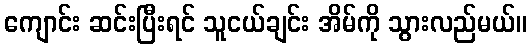
ကျောင်း ဆင်းပြီးရင် သူငယ်ချင်း အိမ်ကို သွားလည်မယ်။